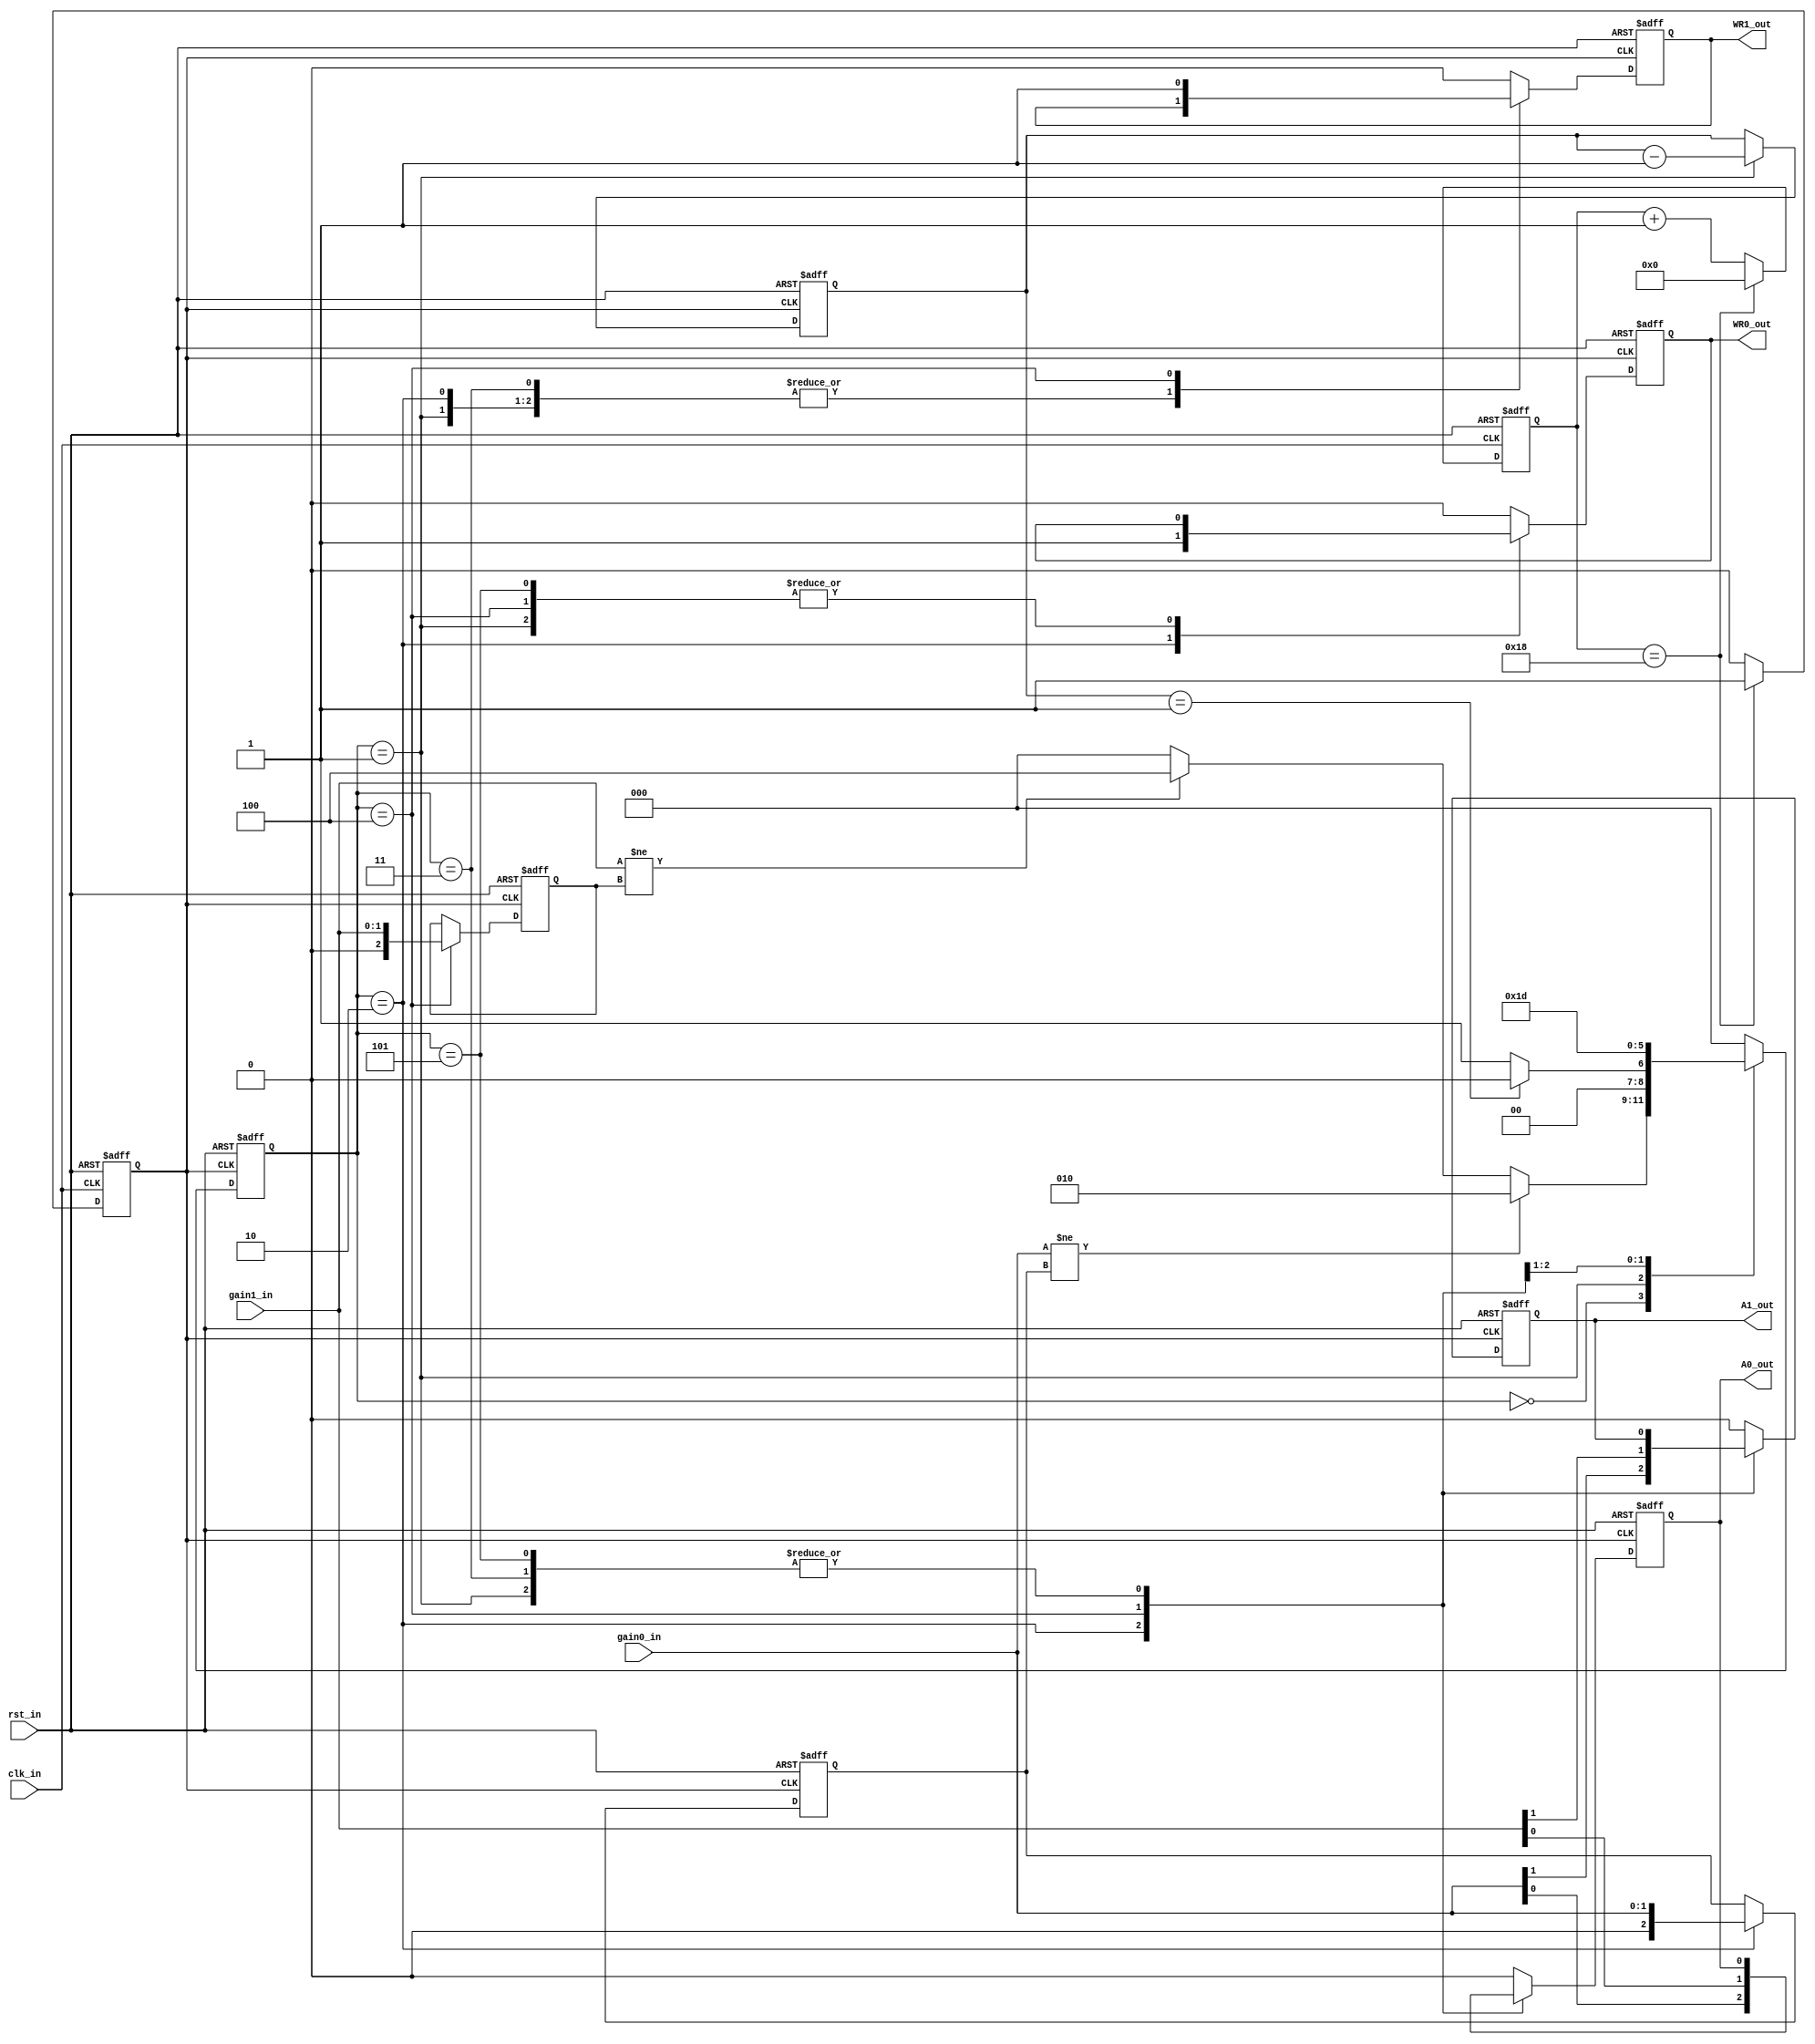
module AD8251x2(
   input  wire				clk_in,
	input  wire				rst_in,
	input  wire [1:0]		gain0_in,
	input  wire [1:0]		gain1_in,
	output reg				A0_out,
	output reg				A1_out,
	output reg				WR0_out,
	output reg				WR1_out
);

// Parameters
parameter CLK_DIV    = 8'h19; // run the clock at 2 MHz

// FSM clock divider
reg       fsm_clk;
reg [7:0] clk_counter;

always @(posedge clk_in or posedge rst_in) begin
	if (rst_in) begin
		clk_counter <= 8'b0;
		fsm_clk <= 1'b0;
	end
	else if (clk_counter == (CLK_DIV - 8'b1)) begin
		clk_counter <= 8'b0;
		fsm_clk <= 1'b1;
	end
	else begin
		clk_counter <= clk_counter + 8'b1;
		fsm_clk <= 1'b0;
	end
end

// State machine definitions
localparam IDLE 	= 3'h0;
localparam RST 	= 3'h1;
localparam SET0A	= 3'h2;
localparam SET0B	= 3'h3;
localparam SET1A	= 3'h4;
localparam SET1B	= 3'h5;

// State
// The next line makes synthesis happy
// synthesis attribute INIT of state_f is "R"
reg   			    [2:0] state_f;
reg  				    [7:0] counter_f;
reg					 [2:0] gain0_f;
reg					 [2:0] gain1_f;

// State machine - combinatorial part
function [2:0] next_state;
	input   				   [2:0] state;
	input   				   [7:0] counter;
	input						[1:0] gain0_in;
	input						[1:0] gain1_in;
	input						[2:0] gain0;
	input						[2:0] gain1;
	
	begin
		case (state)
			IDLE: 
				if ({1'b0, gain0_in} != gain0)
					next_state = SET0A;
				else if ({1'b0, gain1_in} != gain1)
					next_state = SET1A;
				else
					next_state = IDLE;
			RST: 
				if (counter == 8'b1)
					next_state = IDLE;
				else
					next_state = RST;
			SET0A:
					next_state = SET0B;
			SET0B:
					next_state = IDLE;
			SET1A:
					next_state = SET1B;
			SET1B:
					next_state = IDLE;
			default:
					next_state = IDLE;
		endcase
	end
endfunction

// State machine - sequential part
always @(posedge fsm_clk or posedge rst_in) begin
	if (rst_in) begin
		state_f <= RST;
		counter_f <= 8'hFF;
		gain0_f <= 3'b100;
		gain1_f <= 3'b100;
		A0_out <= 1'b0;
		A1_out <= 1'b0;
		WR0_out <= 1'b0;
		WR1_out <= 1'b0;
	end
	else begin
		state_f <= next_state(state_f, counter_f, gain0_in, gain1_in, gain0_f, gain1_f);
		case (state_f)
			IDLE: begin
				A0_out <= 1'b0;
				A1_out <= 1'b0;
				WR0_out <= 1'b0;
				WR1_out <= 1'b0;
			end
			RST: begin
				counter_f <= counter_f - 8'b1;
			end
			SET0A: begin
				gain0_f <= gain0_in;
				A0_out <= gain0_in[0];
				A1_out <= gain0_in[1];
				WR0_out <= 1'b1;
			end
			SET0B: begin
				WR0_out <= 1'b0;
			end
			SET1A: begin
				gain1_f <= gain1_in;
				A0_out <= gain1_in[0];
				A1_out <= gain1_in[1];
				WR1_out <= 1'b1;
			end
			SET1B: begin
				WR1_out <= 1'b0;
			end
			default: begin
				A0_out <= 1'b0;
				A1_out <= 1'b0;
				WR0_out <= 1'b0;
				WR1_out <= 1'b0;
			end
			endcase
	end
end

endmodule